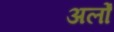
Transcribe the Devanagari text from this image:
अर्लों